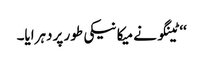
‘‘ ٹینگو نے میکانیکی طور پر دہرایا۔